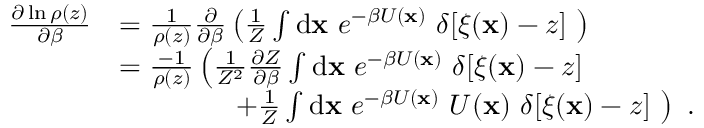
\begin{array} { r l } { \frac { \partial \ln \rho ( z ) } { \partial \beta } } & { = \frac { 1 } { \rho ( z ) } \frac { \partial } { \partial \beta } \left( \frac { 1 } { Z } \int \ensuremath { \mathrm { d } } \ensuremath { \mathbf { x } } \ e ^ { - \beta U ( \ensuremath { \mathbf { x } } ) } \ \delta [ \xi ( \ensuremath { \mathbf { x } } ) - z ] \ \right) } \\ & { = \frac { - 1 } { \rho ( z ) } \left( \frac { 1 } { Z ^ { 2 } } \frac { \partial Z } { \partial \beta } \int \ensuremath { \mathrm { d } } \ensuremath { \mathbf { x } } \ e ^ { - \beta U ( \ensuremath { \mathbf { x } } ) } \ \delta [ \xi ( \ensuremath { \mathbf { x } } ) - z ] \ \right. } \\ & { \qquad \qquad \left. + \frac { 1 } { Z } \int \ensuremath { \mathrm { d } } \ensuremath { \mathbf { x } } \ e ^ { - \beta U ( \ensuremath { \mathbf { x } } ) } \ U ( \ensuremath { \mathbf { x } } ) \ \delta [ \xi ( \ensuremath { \mathbf { x } } ) - z ] \ \right) \ . } \end{array}